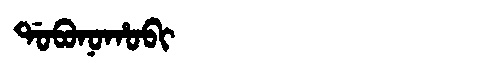
Manchu: ᡩᠣᠪᠣᠨᠣᡥᠣᠪᡳ
Romanization: DOBONOHOBI